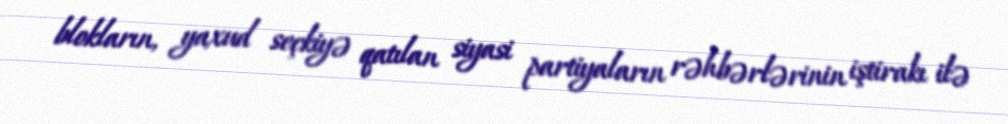
blokların, yaxud seçkiyə qatılan siyasi partiyaların rəhbərlərinin iştirakı ilə